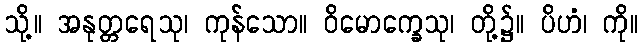
သို့။ အနုတ္တရေသု၊ ကုန်သော။ ဝိမောက္ခေသု၊ တို့၌။ ပိဟံ၊ ကို။